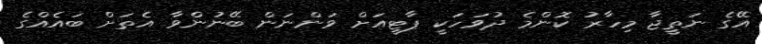
އޭގެ ނަތީޖާ މިހާރު ކޮންމެ ދުވަހަކީ ޕާޓީއަށް ވަންނަން ބޭނުންވާ އެތަށް ބައެއްގެ